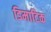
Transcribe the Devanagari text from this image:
डिमाटिक